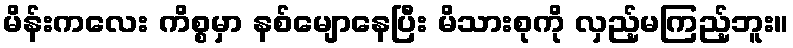
မိန်းကလေး ကိစ္စမှာ နစ်မျောနေပြီး မိသားစုကို လှည့်မကြည့်ဘူး။